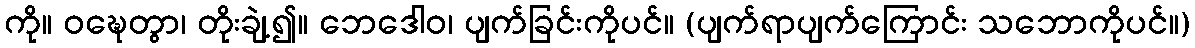
ကို။ ဝဍ္ဎေတွာ၊ တိုးချဲ့၍။ ဘေဒေါဝ၊ ပျက်ခြင်းကိုပင်။ (ပျက်ရာပျက်ကြောင်း သဘောကိုပင်။)